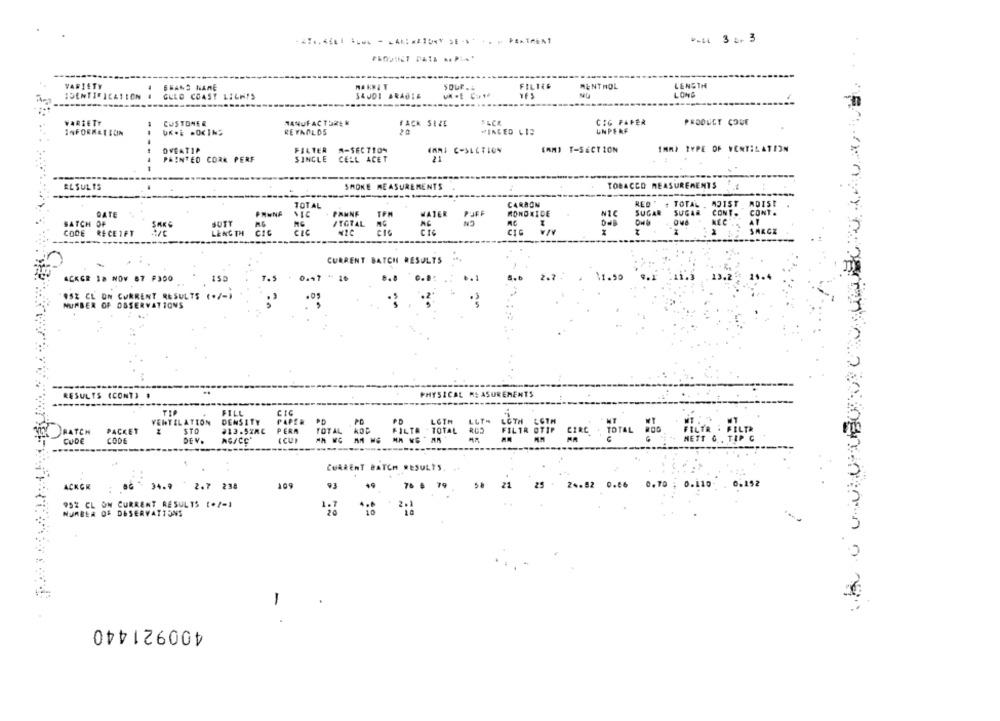
*- il 3 2+ 3
VARIETY
SEANS HANE
NA KRET
sour ..
FILTER
MENTHOL
LENGTH
LONG
IDENTIFICATION
GULD COAST LIGHTS
SAUDI ARABIE
VARIETY
CUSTOMER
MANUFACTURER
FACK SEZE
CIG PAPER
PRODUCT COUE
20
UNPEKF
INFORMEISCIN
UK.& MOINS
REYNOLDS
WINGED CIE
OVEAT1P
FILTER M-SECTION
IMMI C-SECTION
(MM) T-SECTION
1MM) TYPE OF VENTILATION
PAINTED CORK PERF
SINGLE CELL ACET
RESULTS
SMOKE MEASUREMENTS
TOBACCO MEASUREMENTS
RED ' + TOTAL . MOIST ADIS!
TOTAL
CARBON
DATE
PANNA
PANNE
WATER
PUFF
MONOXIDE
SUGAR
SUGAR CONT. CONT.
BATCH
SUTY
/TOTAL
NG
NEC
AT
RECE1FT
CIC
CIG
SARCZ
CODE
LENGTH
CURRENT BATCH RESULTS
ACKER 18 NOV 87 F300
T.5
0.47 ** 10
8.8 0.8. ..
OSZ CL ON CURRENT RESULTS (./-)
NUMBER OF OBSERVATIONS
RESULTS (CONT) .
PHYSICAL
UREMENTS
FILL
CIC
VENTILATION
DENSITY
PAPER
. PD
PD
LGTH
BATCH
PACKET
STO
213.52RC
PERA
TOTAL KOD
FILTR . TOTAL
CUIDE
CODE
DEV.
CURRENT BATCH RESULTS.
ACKGR
34.9 2.7 238
109
93
76 @ 79
5% 21 25 24.82 0.86 0,70 0.110 0.152
952 CL ON CURRENT RESULTS (+/-1
1.7
. 2.1
NURBER OF DESERVATIONS
-
400921440